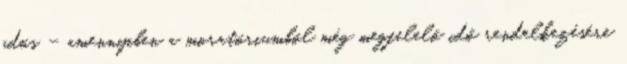
adós – amennyiben a moratóriumból még megfelelő idő rendelkezésére